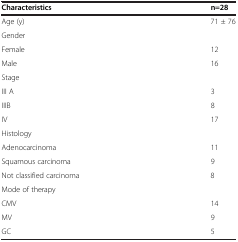
<table><thead><tr><td><b>Characteristics</b></td><td><b>n=28</b></td></tr></thead><tbody><tr><td>Age (y)</td><td>71 ± 76</td></tr><tr><td>Gender</td><td> </td></tr><tr><td>Female</td><td>12</td></tr><tr><td>Male</td><td>16</td></tr><tr><td>Stage</td><td> </td></tr><tr><td>III A</td><td>3</td></tr><tr><td>IIIB</td><td>8</td></tr><tr><td>IV</td><td>17</td></tr><tr><td>Histology</td><td> </td></tr><tr><td>Adenocarcinoma</td><td>11</td></tr><tr><td>Squamous carcinoma</td><td>9</td></tr><tr><td>Not classified carcinoma</td><td>8</td></tr><tr><td>Mode of therapy</td><td> </td></tr><tr><td>CMV</td><td>14</td></tr><tr><td>MV</td><td>9</td></tr><tr><td>GC</td><td>5</td></tr></tbody></table>